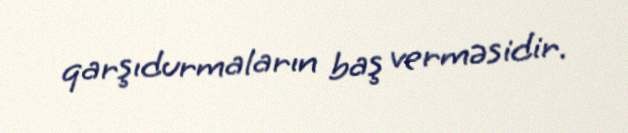
qarşıdurmaların baş verməsidir.